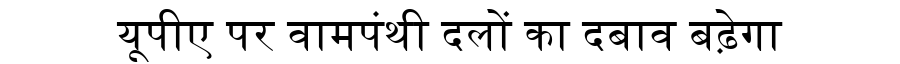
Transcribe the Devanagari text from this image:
यूपीए पर वामपंथी दलों का दबाव बढ़ेगा